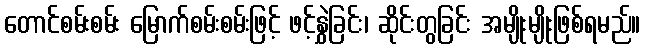
တောင်စမ်းစမ်း မြောက်စမ်းစမ်းဖြင့် ဖင့်နွှဲခြင်း၊ ဆိုင်းတွခြင်း အမျိုးမျိုးဖြစ်ရမည်။